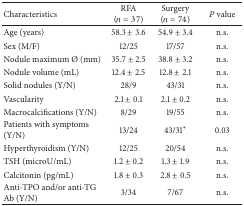
<table><thead><tr><td><b>Characteristics</b></td><td><b>RFA (<i>n</i> = 37)</b></td><td><b>Surgery (<i>n</i> = 74)</b></td><td><b><i>P</i> value</b></td></tr></thead><tbody><tr><td>Age (years)</td><td>58.3 ± 3.6</td><td>54.9 ± 3.4</td><td>n.s.</td></tr><tr><td>Sex (M/F)</td><td>12/25</td><td>17/57</td><td>n.s.</td></tr><tr><td>Nodule maximum <i>Ø</i> (mm)</td><td>35.7 ± 2.5</td><td>38.8 ± 3.2</td><td>n.s.</td></tr><tr><td>Nodule volume (mL)</td><td>12.4 ± 2.5</td><td>12.8 ± 2.1</td><td>n.s.</td></tr><tr><td>Solid nodules (Y/N)</td><td>28/9</td><td>43/31</td><td>n.s.</td></tr><tr><td>Vascularity</td><td>2.1 ± 0.1</td><td>2.1 ± 0.2</td><td>n.s.</td></tr><tr><td>Macrocalcifications (Y/N)</td><td>8/29</td><td>19/55</td><td>n.s.</td></tr><tr><td>Patients with symptoms (Y/N)</td><td>13/24</td><td>43/31∗</td><td>0.03</td></tr><tr><td>Hyperthyroidism (Y/N)</td><td>12/25</td><td>20/54</td><td>n.s.</td></tr><tr><td>TSH (microU/mL)</td><td>1.2 ± 0.2 </td><td>1.3 ± 1.9</td><td>n.s.</td></tr><tr><td>Calcitonin (pg/mL)</td><td>1.8 ± 0.3</td><td>2.8 ± 0.5</td><td>n.s.</td></tr><tr><td>Anti-TPO and/or anti-TG Ab (Y/N)</td><td>3/34</td><td>7/67</td><td>n.s.</td></tr></tbody></table>